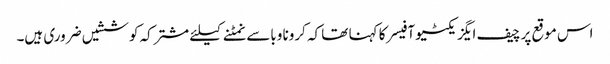
اس موقع پر چیف ایگزیکٹیو آفیسر کا کہنا تھا کہ کرونا وباسےنمٹنےکیلئے مشترکہ کوششیں ضروری ہیں۔